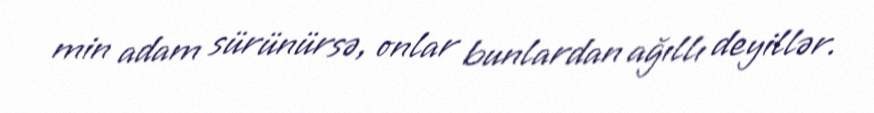
min adam sürünürsə, onlar bunlardan ağıllı deyillər.